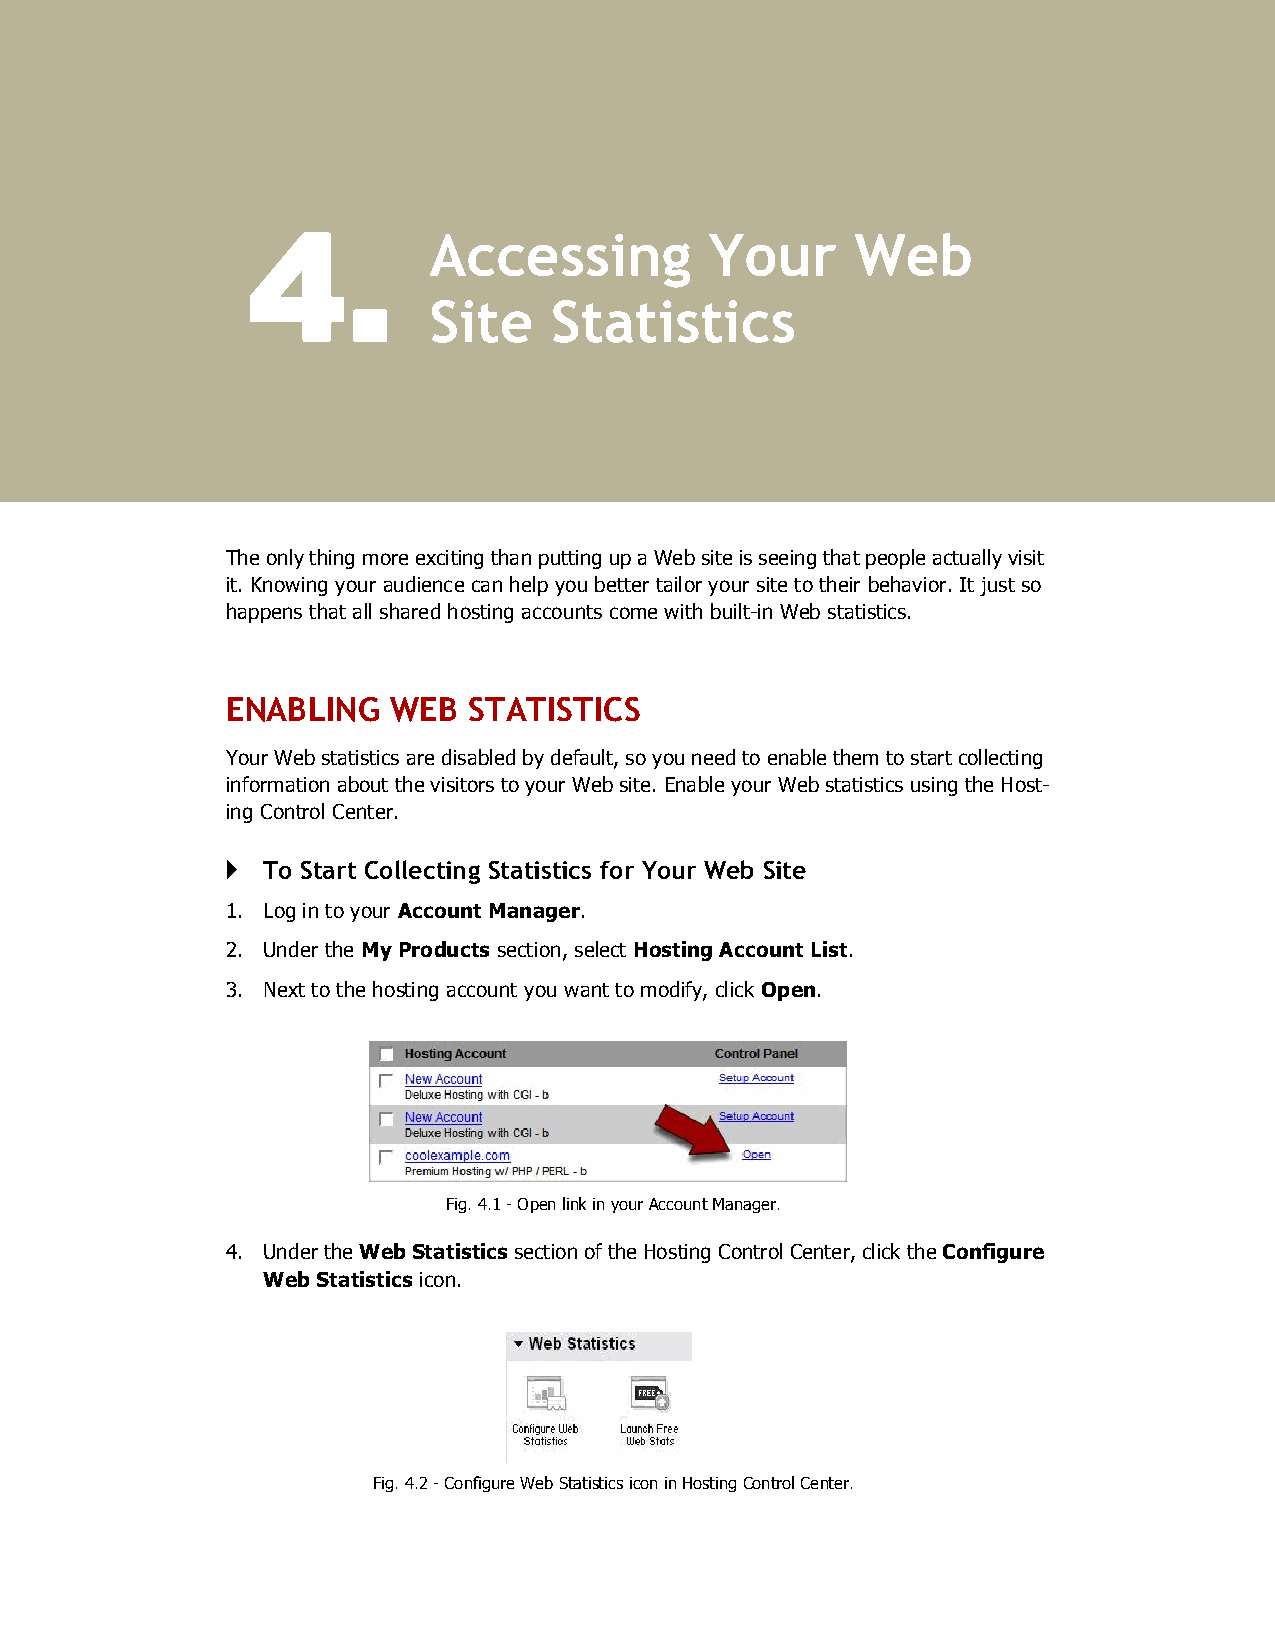
4.          Accessing          Your      Web
 Site    Statistics
 The only thing more exciting than putting up a Web site is seeing that people actually visit
 it. Knowing your audience can help you better tailor your site to their behavior. It just so
 happens that all shared hosting accounts come with built­in Web statistics.
 ENABLING   WEB  STATISTICS
 Your Web statistics are disabled by default, so you need to enable them to start collecting
 information about the visitors to your Web site. Enable your Web statistics using the Host­
 ing Control Center.
 } To Start Collecting Statistics for Your Web Site
 1. Log in to your Account Manager.
 2. Under the My Products section, select Hosting Account List.
 3. Next to the hosting account you want to modify, click Open.
 Fig. 4.1 ­ Open link in your Account Manager.
 4. Under the Web Statistics section of the Hosting Control Center, click the Configure
 Web Statistics icon.
 Fig. 4.2 ­ Configure Web Statistics icon in Hosting Control Center.